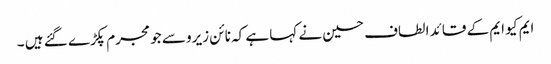
ایم کیو ایم کے قائد الطاف حسین نے کہا ہے کہ نائن زیرو سے جو مجرم پکڑے گئے ہیں ۔